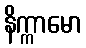
နိက္ကာမော